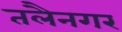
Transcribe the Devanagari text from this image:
तलैनगर